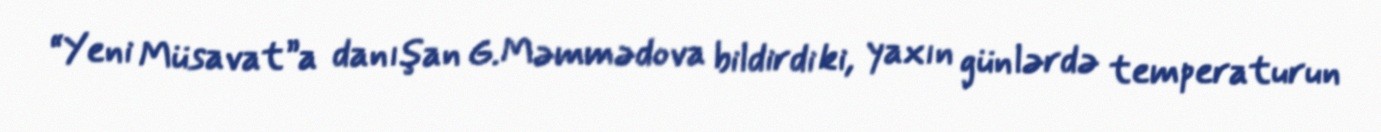
“Yeni Müsavat”a danışan G.Məmmədova bildirdi ki, yaxın günlərdə temperaturun